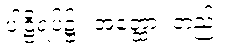
ပါဠိရပ်၌။ အတ္ထော၊ တည်း။